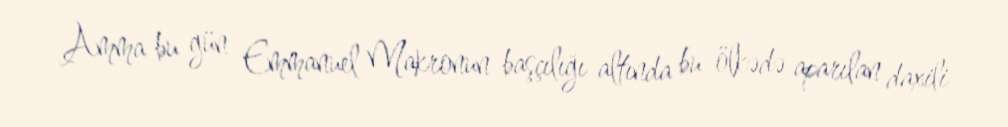
Amma bu gün Emmanuel Makronun başçılığı altında bu ölkədə aparılan daxili